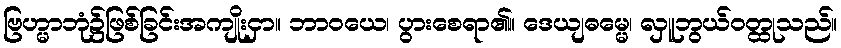
ဗြဟ္မာဘုံ၌ဖြစ်ခြင်းအကျိုးငှာ။ ဘာဝယေ၊ ပွားစေရာ၏။ ဒေယျဓမ္မေ၊ လှူဘွယ်ဝတ္ထုသည်။